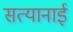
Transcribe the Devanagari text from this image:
सत्यानाई